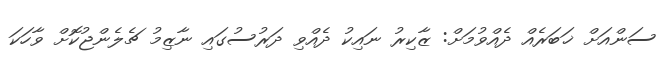
ސަންއަށް ޚަބަރެއް ދެއްވުމަށް: ޒާކިރު ނައިކު ދެއްވި ދަރުސުގައި ނާޒިމު ޗެލެންޖުކޮށް ވާހަކަ